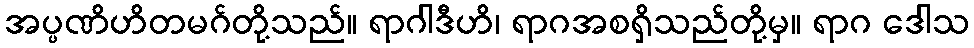
အပ္ပဏိဟိတမဂ်တို့သည်။ ရာဂါဒီဟိ၊ ရာဂအစရှိသည်တို့မှ။ ရာဂ ဒေါသ